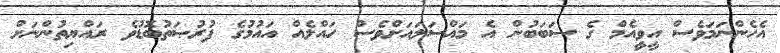
އެހެންނަމަވެސް އީވީއެމް ގެ ސަބަބުން އެ މައްސަލައަށްވެސް ހައްލެއް އައުމުގެ ފުރުޞަތުބޮޑުވެ ރައްޔިތުންނަށް